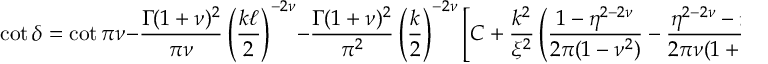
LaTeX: \cot \delta = \cot \pi \nu - { \frac { \Gamma ( 1 + \nu ) ^ { 2 } } { \pi \nu } } \left( { \frac { k \ell } { 2 } } \right) ^ { - 2 \nu } - { \frac { \Gamma ( 1 + \nu ) ^ { 2 } } { \pi ^ { 2 } } } \left( { \frac { k } { 2 } } \right) ^ { - 2 \nu } \left[ { C } + { \frac { k ^ { 2 } } { \xi ^ { 2 } } } \left( { \frac { 1 - \eta ^ { 2 - 2 \nu } } { 2 \pi ( 1 - \nu ^ { 2 } ) } } - { \frac { \eta ^ { 2 - 2 \nu } - \eta ^ { 2 } } { 2 \pi \nu ( 1 + \nu ) } } \right) \right] .